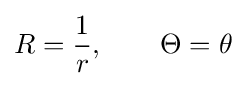
R={\frac {1}{r}},\qquad \Theta =\theta